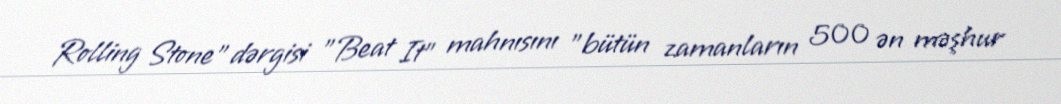
Rolling Stone" dərgisi "Beat It" mahnısını "bütün zamanların 500 ən məşhur